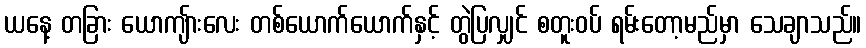
ယနေ့ တခြား ယောကျ်ားလေး တစ်ယောက်ယောက်နှင့် တွဲပြလျှင် စတူးဝပ် ရမ်းတော့မည်မှာ သေချာသည်။